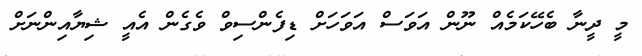
މީ ދީނާ ބެހޭކަމެއް ނޫން އަވަސް އަވަހަށް ޑިފެންސިވް ވެގެން އެއީ ޝިޔާއިންނަށް